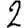
Digit: 2